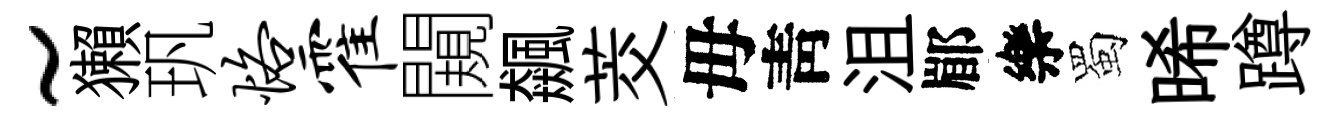
~獺㺬恪霍闚飆茭母靑沮郿樂蜀晞蹲